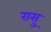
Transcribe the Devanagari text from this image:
रासु